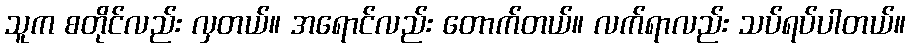
သူက စတိုင်လည်း လှတယ်။ အရောင်လည်း တောက်တယ်။ လက်ရာလည်း သပ်ရပ်ပါတယ်။